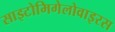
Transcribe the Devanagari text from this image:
साइटोमिगेलोवाइरस